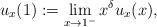
LaTeX: \begin{align*} u_{x}(1):=\lim_{x \rightarrow 1^{-}}x^{\delta}u_{x}(x), \end{align*}